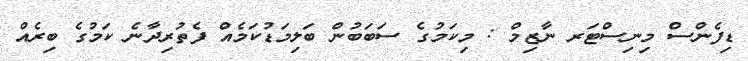
ޑިފެންސް މިނިސްޓަރ ނާޒިމް : މިކަމުގެ ސަބަބުން ބަލިމަޑުކަމެއް ފެތުރިދާނެ ކަމުގެ ބިރެއް